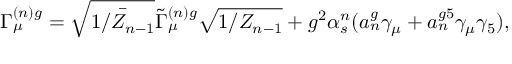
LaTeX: \Gamma _ { \mu } ^ { ( n ) g } = \sqrt { \bar { 1 / Z _ { n - 1 } } } \widetilde { \Gamma } _ { \mu } ^ { ( n ) g } \sqrt { 1 / Z _ { n - 1 } } + g ^ { 2 } \alpha _ { s } ^ { n } ( a _ { n } ^ { g } \gamma _ { \mu } + a _ { n } ^ { g 5 } \gamma _ { \mu } \gamma _ { 5 } ) ,